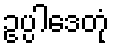
ဥပ္ပါဒေတုံ